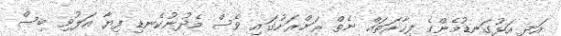
އަދި އަޅުގަނޑުމެންގެ ފިހާރަތައް ނެތް ރަށްރަށުގައި ވެސް މެދުނުކެނޑި ފިޔާ އަލުވި ބިސް